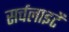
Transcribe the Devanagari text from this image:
सर्चलाइटें